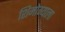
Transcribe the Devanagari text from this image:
शिमोग्याला